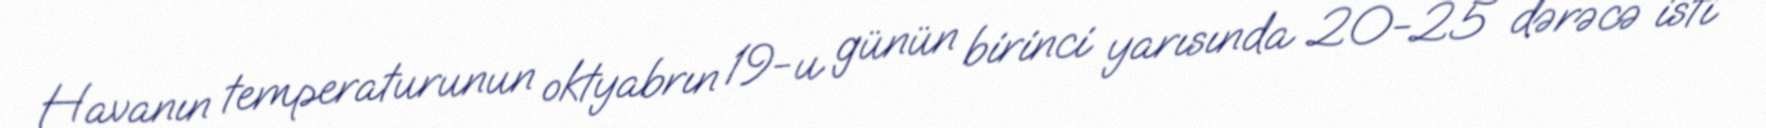
Havanın temperaturunun oktyabrın 19-u günün birinci yarısında 20-25 dərəcə isti